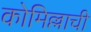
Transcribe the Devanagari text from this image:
कोमिल्लाची